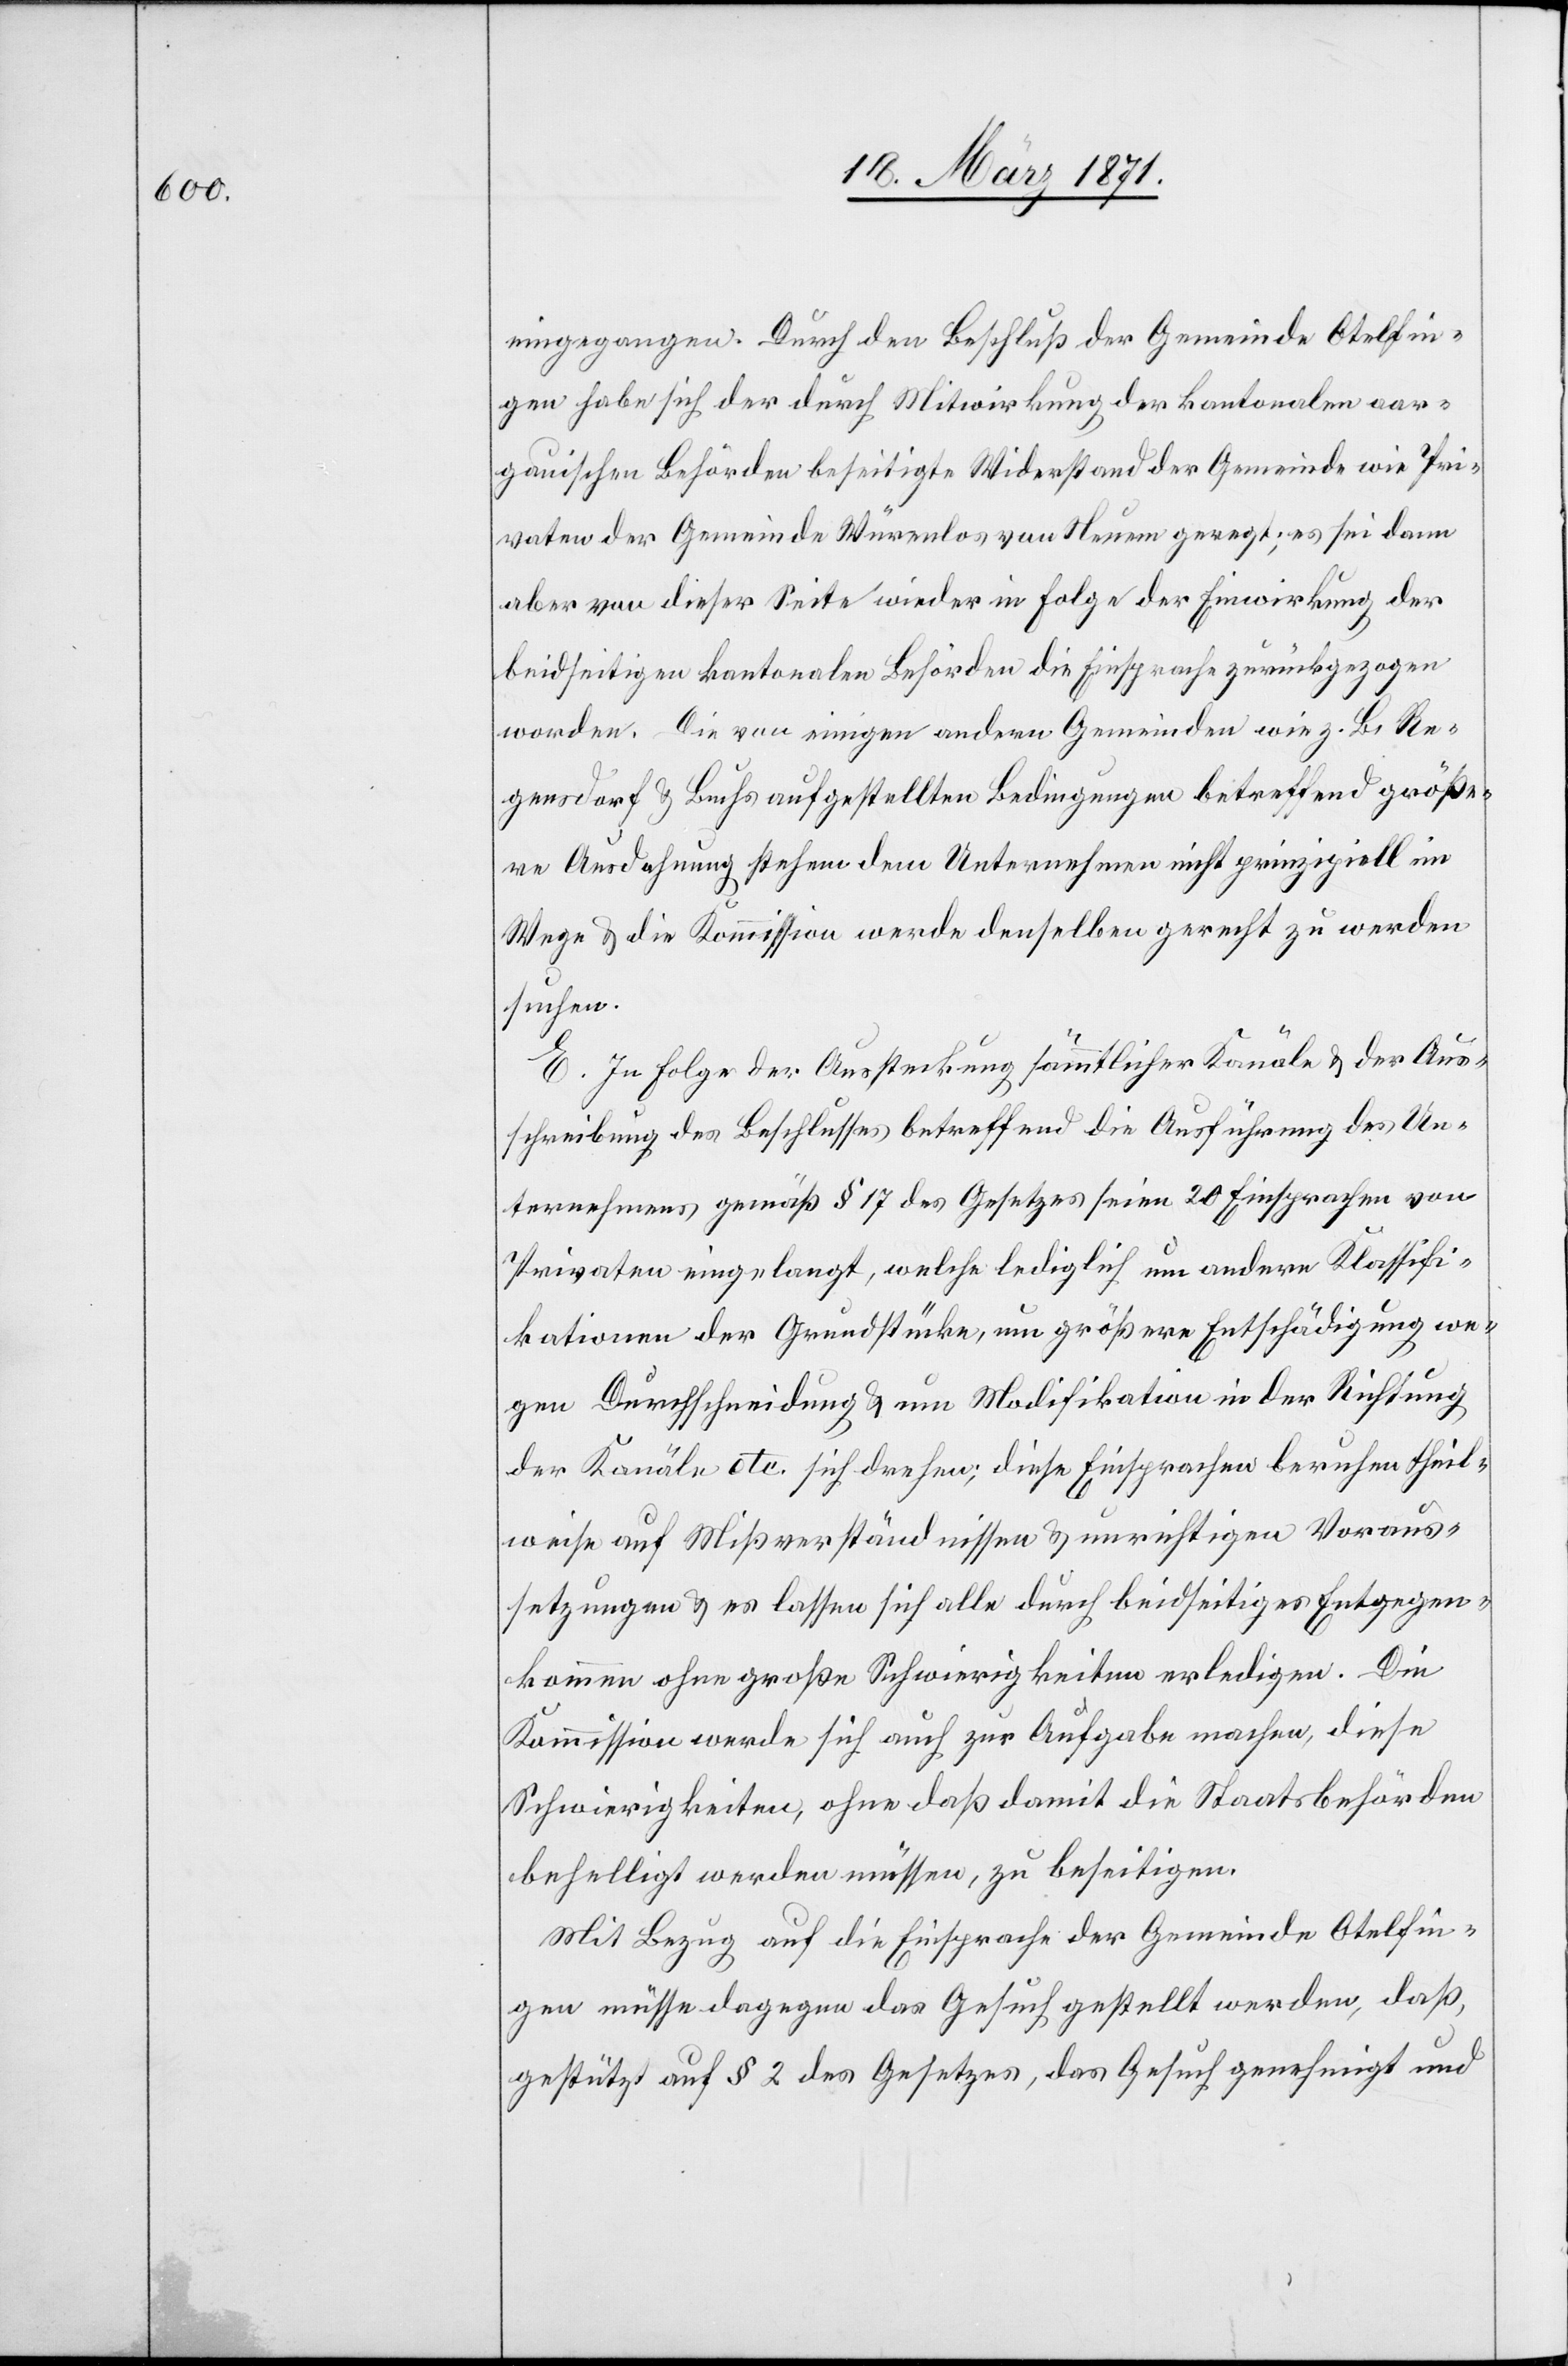
eingegangen. Durch den Beschluß der Gemeinde Otelfin¬
gen habe sich der durch Mitwirken der kantonalen aar¬
gauischen Behörde beseitigte Widerstand der Gemeinde wie Pri¬
vaten der Gemeinde Würenlos von Neuem geregt; es sei dann
aber von dieser Seite wieder in Folge der Einwirkung der
beidseitigen kantonalen Behörde die Einsprache zurückgezogen
worden. Die von einigen andern Gemeinden wie z. B. Re¬
gensdorf u. Buchs aufgestellten Bedingungen betreffend größe¬
re Ausdehnung stehen dem Unternehmen nicht prinzipiell im
Wege u. die Kommission werde denselben gerecht zu werden
suchen.
E. In Folge der Aussteckung sämmtlicher Kanäle u. der Aus¬
schreibung des Beschlusses betreffend die Ausführung des Un¬
ternehmens gemäß § 17 des Gesetzes seien 20 Einsprachen von
Privaten eingelangt, welche lediglich um andere Klassifi¬
kationen der Grundstücke, um größere Entschädigung we¬
gen Durchschneidung u. um Modifikation in der Richtung
der Kanäle etc. sich drehen; diese Einsprachen berufen theil¬
weise auf Mißverständnissen u. unrichtigen Voraus¬
setzungen u. es lassen sich alle durch beidseitiges Entgegen¬
kommen ohne große Schwierigkeiten erledigen. Die
Kommission werde sich auch zur Aufgabe machen, diese
Schwierigkeiten, ohne daß damit die Staatsbehörden
behelligt werden müssen, zu beseitigen.
Mit Bezug auf die Einsprache der Gemeinde Otelfin¬
gen müsse dagegen das Gesuch gestellt werden, daß,
gestützt auf § 2 des Gesetzes, das Gesuch genehmigt und